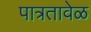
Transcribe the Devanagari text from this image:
पात्रतावेळ